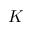
K